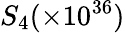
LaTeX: S_{4}(\times 10^{36})